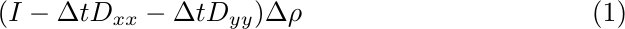
\begin{equation}
    (I - \Delta t D_{xx} - \Delta t D_{yy}) \Delta {\rho}
\end{equation}